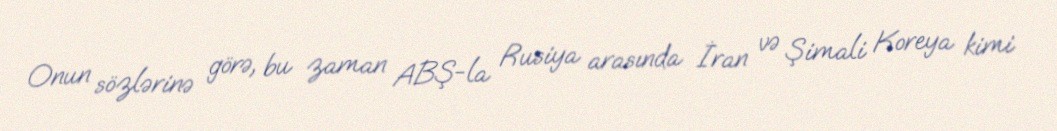
Onun sözlərinə görə, bu zaman ABŞ-la Rusiya arasında İran və Şimali Koreya kimi